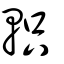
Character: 軹